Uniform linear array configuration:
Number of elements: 48
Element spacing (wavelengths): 0.75
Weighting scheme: hamming
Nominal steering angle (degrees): -45
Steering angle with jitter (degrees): -45.181
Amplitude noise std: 0.05
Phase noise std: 0.05

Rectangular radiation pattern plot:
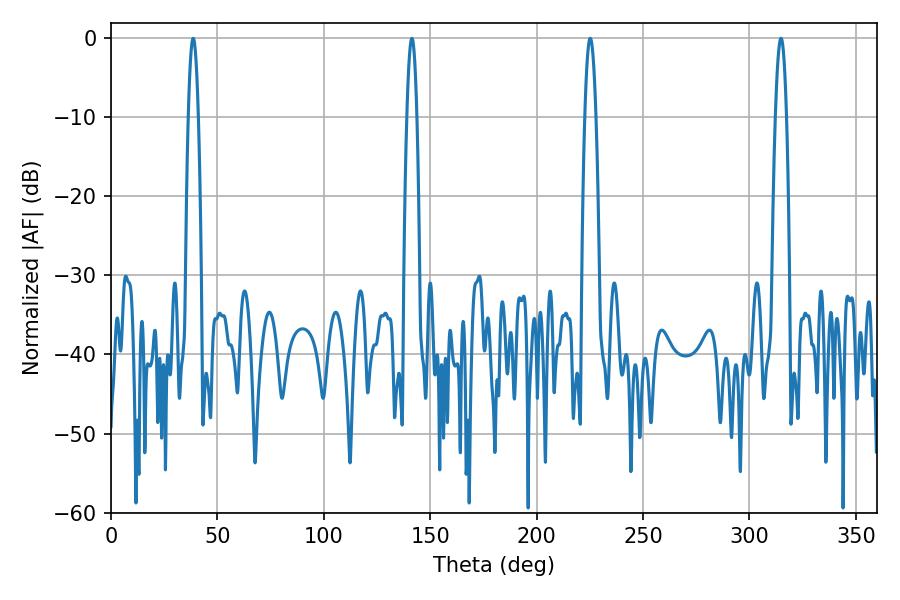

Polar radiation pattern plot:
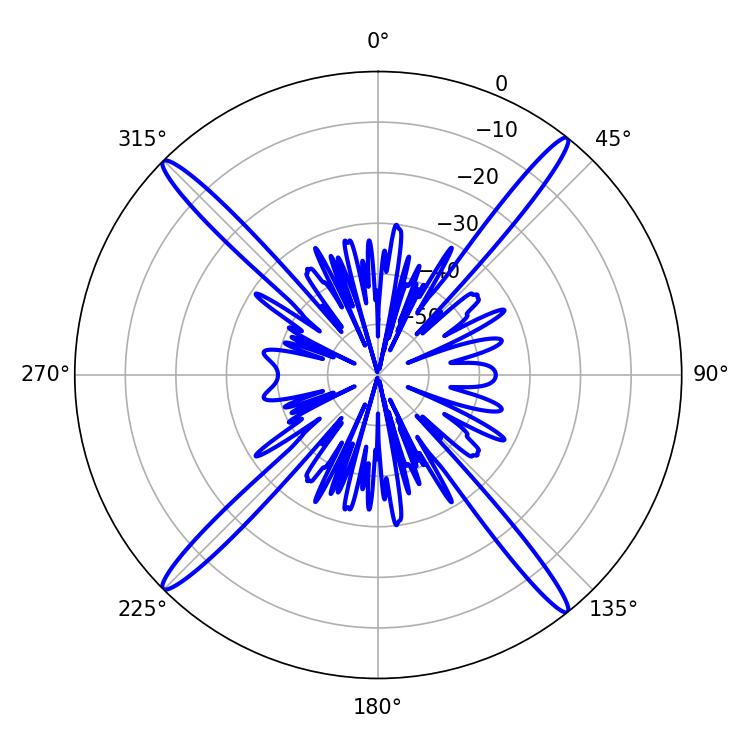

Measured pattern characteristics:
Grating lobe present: TRUE
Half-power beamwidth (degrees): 2.88
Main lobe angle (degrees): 314.82